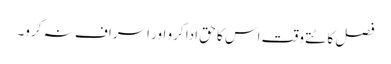
فصل کاٹتے وقت اس کا حق ادا کرو اور اسراف نہ کرو۔